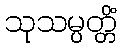
သုသမ္ပတ္တိံ